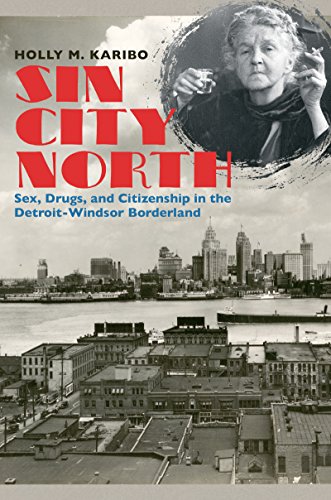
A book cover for Sin City North: Sex, Drugs, and Citizenship in the Detroit-Windsor Borderland (The David J. Weber Series in the New Borderlands History); Holly M. Karibo; History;